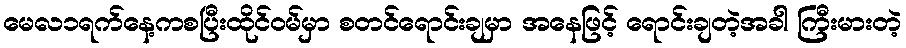
မေလ၁ရက်နေ့ကစပြီးထိုင်ဝမ်မှာ စတင်ရောင်းချမှာ အနေဖြင့် ရောင်းချတဲ့အခါ ကြီးမားတဲ့